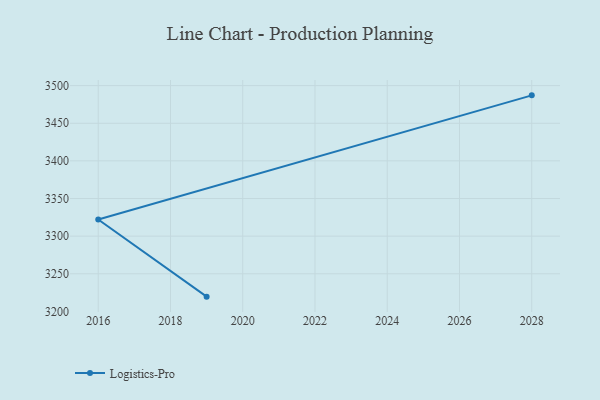
{"axis": {"x": "Year", "y": "Gross Profit (USD K)"}, "legend": ["Logistics-Pro"], "data": [{"x": "2019", "y": 3219.6, "type": "Logistics-Pro"}, {"x": "2016", "y": 3322.2, "type": "Logistics-Pro"}, {"x": "2028", "y": 3487.1, "type": "Logistics-Pro"}]}